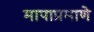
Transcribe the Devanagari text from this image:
मापाप्रमाणे